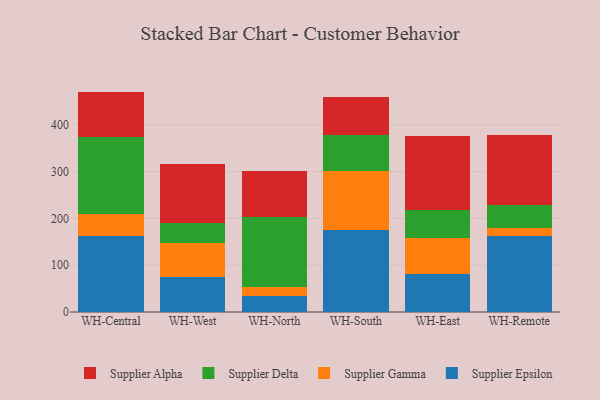
{"axis": {"x": "Warehouse", "y": "Energy Usage (MWh)"}, "legend": ["Supplier Alpha", "Supplier Delta", "Supplier Epsilon", "Supplier Gamma"], "data": [{"x": "WH-Central", "y": 161.5, "type": "Supplier Epsilon"}, {"x": "WH-Central", "y": 47.2, "type": "Supplier Gamma"}, {"x": "WH-Central", "y": 164.6, "type": "Supplier Delta"}, {"x": "WH-Central", "y": 97.3, "type": "Supplier Alpha"}, {"x": "WH-West", "y": 75.3, "type": "Supplier Epsilon"}, {"x": "WH-West", "y": 72.1, "type": "Supplier Gamma"}, {"x": "WH-West", "y": 43.5, "type": "Supplier Delta"}, {"x": "WH-West", "y": 124.2, "type": "Supplier Alpha"}, {"x": "WH-North", "y": 33.9, "type": "Supplier Epsilon"}, {"x": "WH-North", "y": 19.7, "type": "Supplier Gamma"}, {"x": "WH-North", "y": 149.6, "type": "Supplier Delta"}, {"x": "WH-North", "y": 97.0, "type": "Supplier Alpha"}, {"x": "WH-South", "y": 175.2, "type": "Supplier Epsilon"}, {"x": "WH-South", "y": 125.3, "type": "Supplier Gamma"}, {"x": "WH-South", "y": 78.0, "type": "Supplier Delta"}, {"x": "WH-South", "y": 80.6, "type": "Supplier Alpha"}, {"x": "WH-East", "y": 81.1, "type": "Supplier Epsilon"}, {"x": "WH-East", "y": 76.2, "type": "Supplier Gamma"}, {"x": "WH-East", "y": 59.7, "type": "Supplier Delta"}, {"x": "WH-East", "y": 158.9, "type": "Supplier Alpha"}, {"x": "WH-Remote", "y": 163.1, "type": "Supplier Epsilon"}, {"x": "WH-Remote", "y": 15.7, "type": "Supplier Gamma"}, {"x": "WH-Remote", "y": 49.2, "type": "Supplier Delta"}, {"x": "WH-Remote", "y": 150.8, "type": "Supplier Alpha"}]}